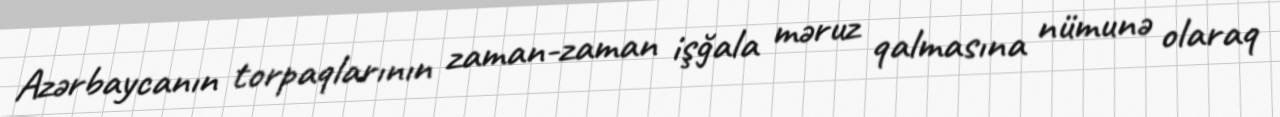
Azərbaycanın torpaqlarının zaman-zaman işğala məruz qalmasına nümunə olaraq